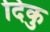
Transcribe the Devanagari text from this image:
दिकु